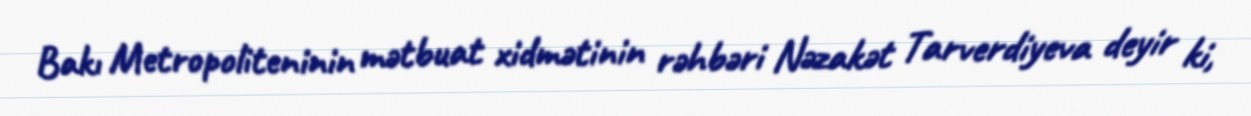
Bakı Metropoliteninin mətbuat xidmətinin rəhbəri Nəzakət Tarverdiyeva deyir ki,